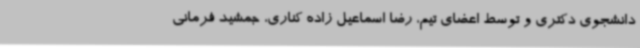
دانشجوی دکتری و توسط اعضای تیم، رضا اسماعیل زاده کناری، جمشید فرمانی